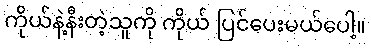
ကိုယ်နဲ့နီးတဲ့သူကို ကိုယ် ပြင်ပေးမယ်ပေါ့။